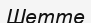
Шетте